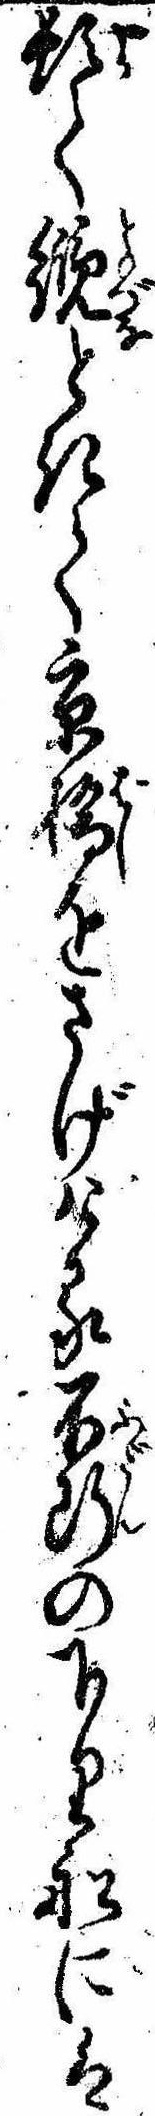
頓て纜ときて京橋をさげける不断の下り船には